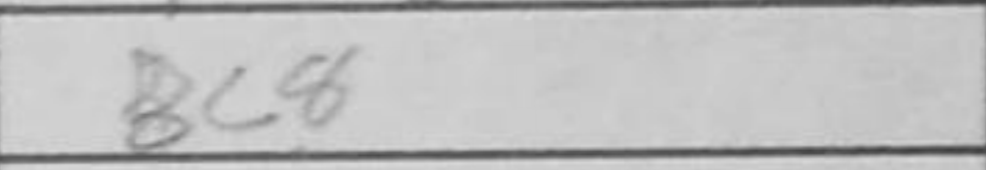
Transcription: Bc8